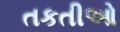
તકતીઓ